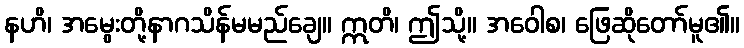
နဟိ၊ အမွေးတို့နာဂသိန်မမည်ချေ။ ဣတိ၊ ဤသို့။ အဝေါစ၊ ဖြေဆိုတော်မူ၏။